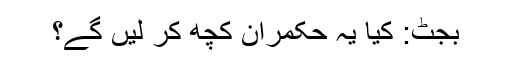
بجٹ: کیا یہ حکمران کچھ کر لیں گے؟